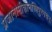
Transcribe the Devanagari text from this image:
प्रजानामीशानस्त्रिपुरमथनः